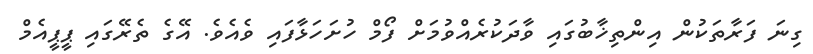
ގިނަ ފަރާތަކުން އިންތިޚާބުގައި ވާދަކުރެއްވުމަށް ފޯމް ހުށަހަޅާފައި ވެއެވެ. އޭގެ ތެރޭގައި ޕީޕީއެމް